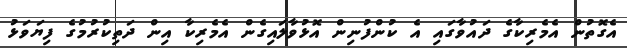
އެގޮތުން އެމެރިކާގެ ދައުވާގައި އެ ކުންފުނިން އޮޅުވާލައިގެން އެމެރިކާ އިން ދަތިކުރުމުގެ ފިޔަވަޅު